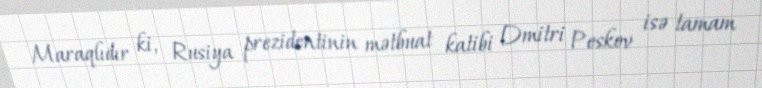
Maraqlıdır ki, Rusiya prezidentinin mətbuat katibi Dmitri Peskov isə tamam